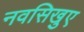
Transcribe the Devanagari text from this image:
नवसिखुए